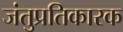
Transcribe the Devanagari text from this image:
जंतुप्रतिकारक